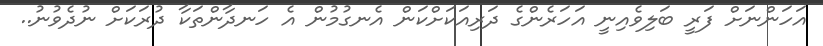
އަހަންނަށް ފަރީ ބަލިވެއިނީ އަހަރެންގެ ދަރިއަކަށްކަން އެނގުމުން އެ ހަނދާންތަކާ ދުރަކަށް ނުދެވުނު..